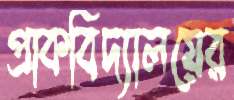
প্রাকবিদ্যালয়ের